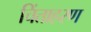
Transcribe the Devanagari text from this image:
चिंताहरण